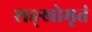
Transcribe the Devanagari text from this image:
शङ्खोमृतं